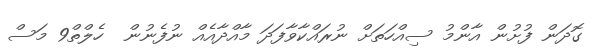
ގޮދަން ފުށުން އާންމު ސިއްހަތަށް ނުރައްކާވާފަދަ މާއްދާއެއް ނުފެނުން  ހެލްތް9 މަސް